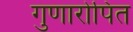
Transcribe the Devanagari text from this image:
गुणारोपित